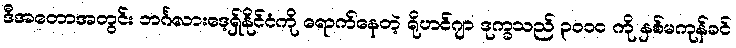
ဒီအတောအတွင်း ဘင်္ဂလားဒေ့ရှ်နိုင်ငံကို ရောက်နေတဲ့ ရိုဟင်ဂျာ ဒုက္ခသည် ၃၀၀၀ ကို နှစ်မကုန်ခင်